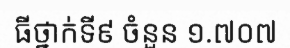
ធីថ្នាក់ទី៩ ចំនួន ១.៧០៧